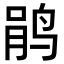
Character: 鹃